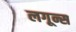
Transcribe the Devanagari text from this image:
लगून्स